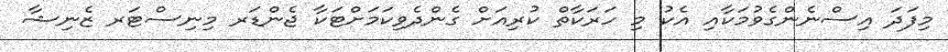
މިފަދަ އިސްނެންގެވުމަކާއި އެކު މި ހަރަކާތް ކުރިއަށް ގެންދެވިކަމަށްޓަކާ ޖެންޑަރ މިނިސްޓަރ ޒެނިޝާ